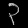
Digit: ၃